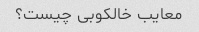
معایب خالکوبی چیست؟